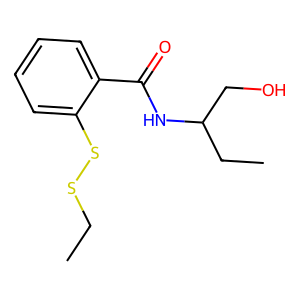
SMILES: CCSSc1ccccc1C(=O)NC(CC)CO
Inhibits HIV replication: No